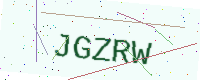
Text: JGZRW